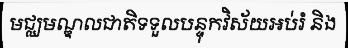
មជ្ឈមណ្ឌលជាតិទទួលបន្ទុកវិស័យអប់រំ និង